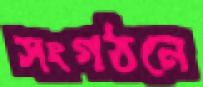
সংগঠনে